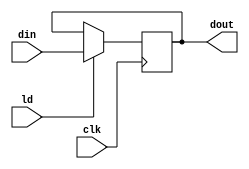
`timescale 1ns / 1ps
//////////////////////////////////////////////////////////////////////////////////
// Company: 
// Engineer: 
// 
// Design Name: 
// Module Name: PIPO1
// Project Name: 
// Target Devices: 
// Tool Versions: 
// Description: 
// 
// Dependencies: 
// 
// Revision:
// Revision 0.01 - File Created
// Additional Comments:
// 
//////////////////////////////////////////////////////////////////////////////////


module PIPO1(dout,din,ld,clk);
input [15:0] din;
input ld, clk;
output reg [15:0] dout;

always@(posedge clk)
if(ld) dout<=din;

endmodule